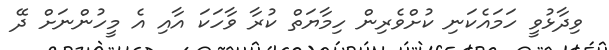
ވިދާޅުވީ ހަމައެކަނި ކުށްވެރިން ހިމާޔަތް ކުރާ ވާހަކަ އާއި އެ މީހުންނަށް ދޭ